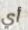
أي